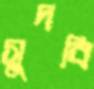
সুদবি